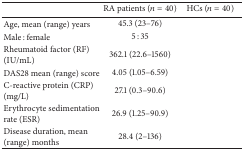
<table><thead><tr><td>[EMPTY_CELL]</td><td><b>RA patients (<i>n</i> = 40)</b></td><td><b>HCs (<i>n</i> = 40)</b></td></tr></thead><tbody><tr><td>Age, mean (range) years</td><td>45.3 (23–76)</td><td>[EMPTY_CELL]</td></tr><tr><td>Male : female</td><td>5 : 35</td><td>[EMPTY_CELL]</td></tr><tr><td>Rheumatoid factor (RF) (IU/mL)</td><td>362.1 (22.6–1560)</td><td>[EMPTY_CELL]</td></tr><tr><td>DAS28 mean (range) score</td><td>4.05 (1.05–6.59)</td><td>[EMPTY_CELL]</td></tr><tr><td>C-reactive protein (CRP) (mg/L)</td><td>27.1 (0.3–90.6)</td><td>[EMPTY_CELL]</td></tr><tr><td>Erythrocyte sedimentation rate (ESR)</td><td>26.9 (1.25–90.9)</td><td>[EMPTY_CELL]</td></tr><tr><td>Disease duration, mean (range) months</td><td>28.4 (2–136)</td><td>[EMPTY_CELL]</td></tr></tbody></table>